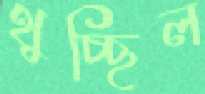
থুচ্ছিল